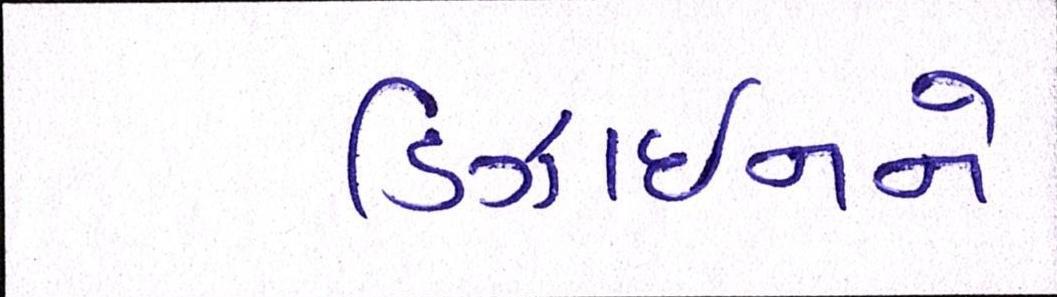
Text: ડિઝાઇનને